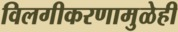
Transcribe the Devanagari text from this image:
विलगीकरणामुळेही